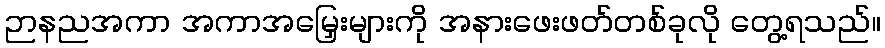
ဉာနညအကာ အကာအမြှေးများကို အနားဖေးဖတ်တစ်ခုလို တွေ့ရသည်။